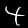
Label: 4